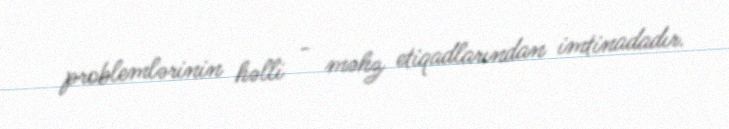
problemlərinin həlli - məhz etiqadlarından imtinadadır.